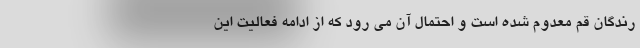
رندگان قم معدوم شده است و احتمال آن می رود که از ادامه فعالیت این